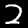
Label: 2